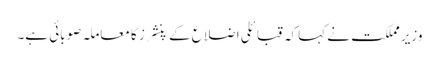
وزیر مملکت نے کہاکہ قبائلی اضلاع کے پنشرز کا معاملہ صوبائی ہے۔